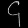
Digit: ၄